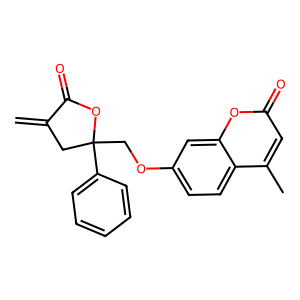
SMILES: C=C1CC(COc2ccc3c(C)cc(=O)oc3c2)(c2ccccc2)OC1=O
Inhibits HIV replication: No